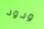
ودود